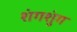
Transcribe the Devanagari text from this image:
शंगशुंग